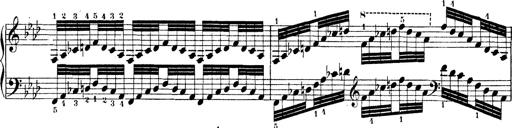
Title: Technische Studien
Composer: Franz Liszt